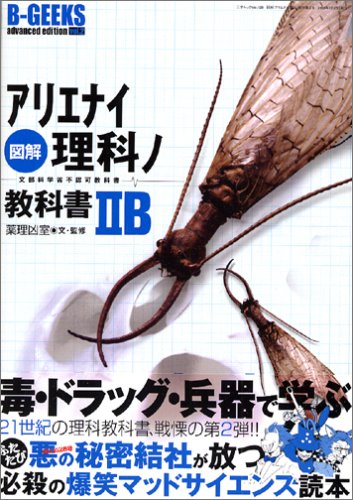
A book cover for Illustrated Arienai science textbook Bruno IIB-the Ministry of Education, Culture, Sports, Science disallowance textbook (three year old Mook-B-GEEKS advanced edition (Vol.128)) (2006) ISBN: 4861990319 [Japanese Import]; Yakuri KyoÃE"hitsu..; Sports & Outdoors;